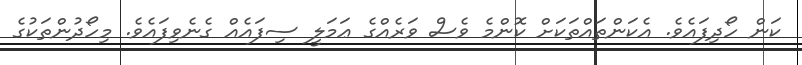
ކަން ހޯދިފައެވެ. އެކަންތައްތަކަށް ކޮންމެ ވެސް ވަރެއްގެ ޢަމަލީ ސިފައެއް ގެނެވިފައެވެ. މިހޯދުންތަކުގެ